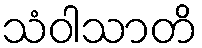
သံဝါသာတိ